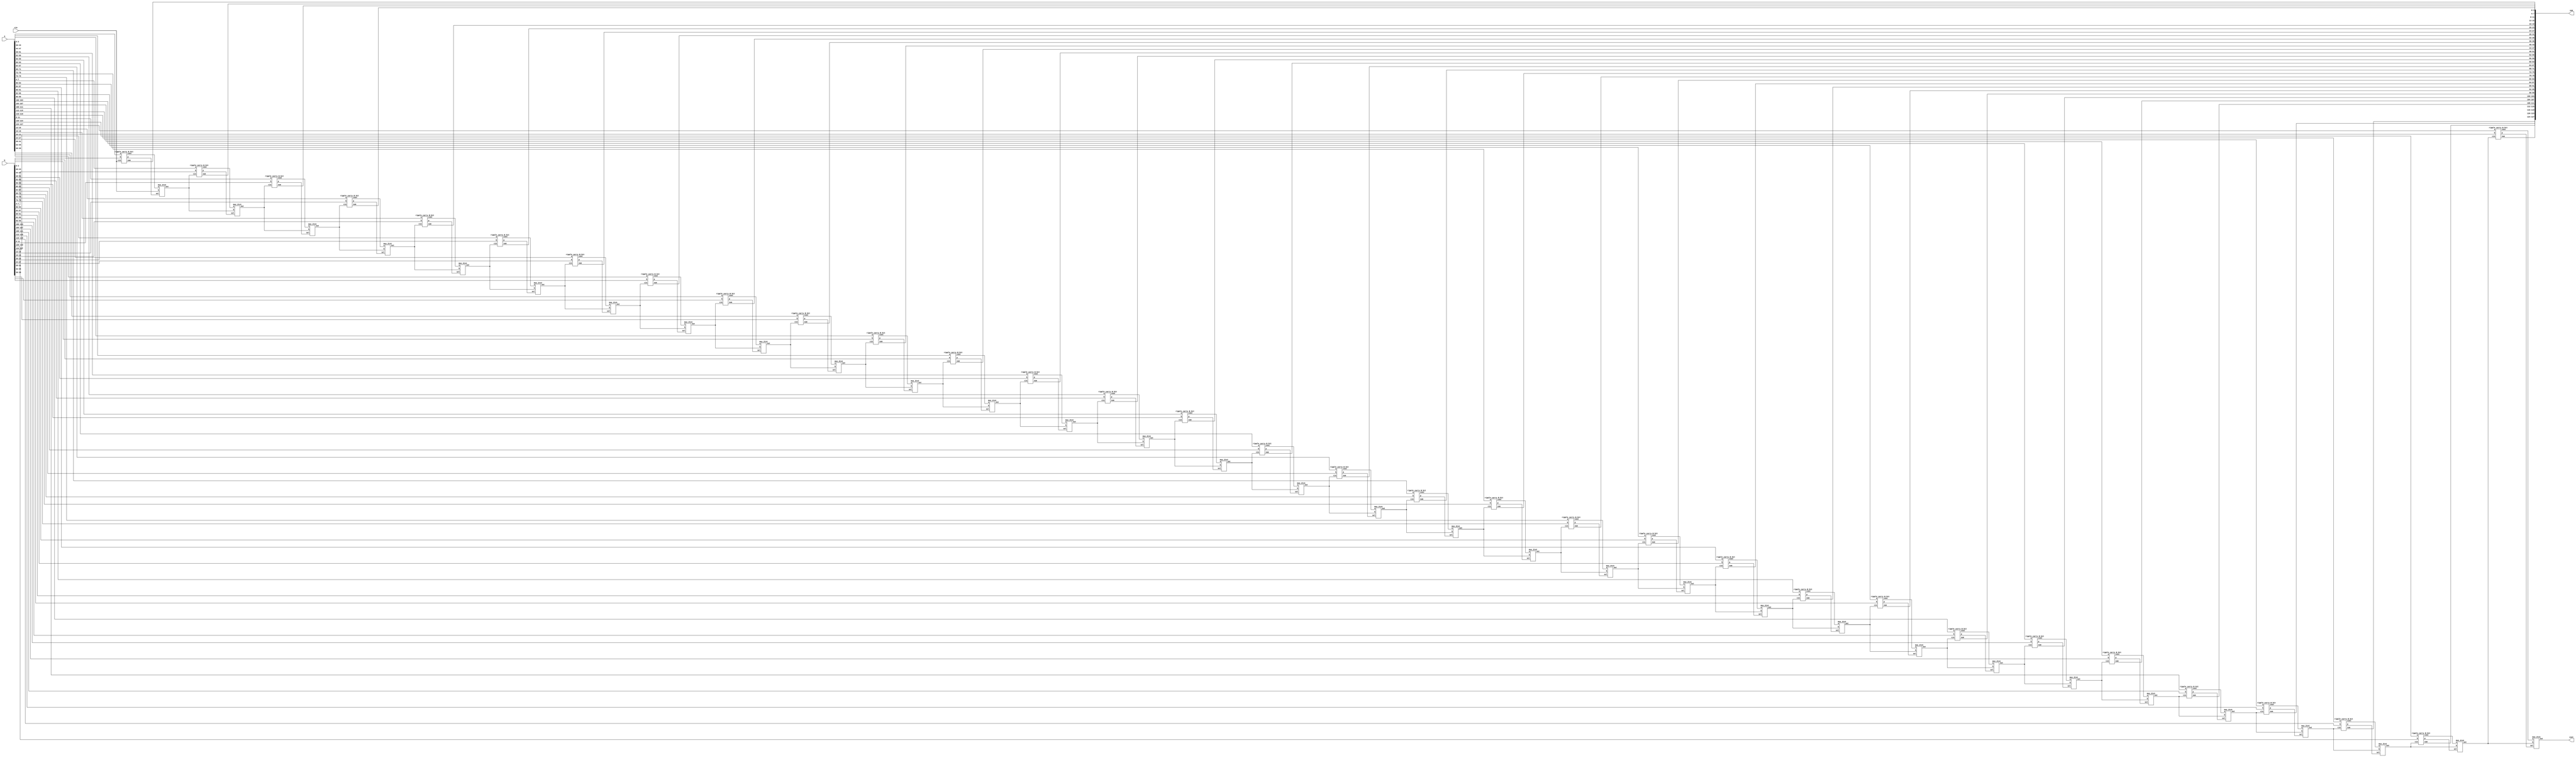

module stormbreaker(a,b,cin,sum,cout);
    parameter B=4;
    input [127:0] a,b;
    input cin;
    output [127:0] sum;
    output cout;
    wire [128/B:0]temp;
    wire [(128/B)-1:0] p,out;

    genvar i;
    assign temp[0]=cin;
    generate 
        for(i=0;i<128/B;i=i+1)
            begin: generate_stormbreaker
                ripple_carry_B_bit r1(a[(i+1)*B-1:i*B], b[(i+1)*B-1:i*B], temp[i], sum[(i+1)*B-1:i*B], out[i],p[i]);
                mux_2to1 m1(out[i],temp[i],p[i],temp[i+1]);
            end
    endgenerate
    assign cout=temp[128/B];
endmodule

module ripple_carry_B_bit(a, b, cin, sum, cout,p);
    parameter B=4;
    input [B-1:0] a,b;
    input cin;
    output [B-1:0] sum;
    output cout,p;
    wire [B-1:0] t;
    wire [B:0] c;
    assign t[0]=a[0]^b[0];
    genvar i;
    generate 
    for(i=1;i<B;i=i+1)
        begin: generate_p
            assign t[i]=(a[i]^b[i])&(t[i-1]);
        end
    endgenerate
    assign p=t[B-1];

    genvar k;
    assign c[0]=cin;
    generate 
    for(k=0;k<B;k=k+1)
        begin: generate_ripple_carry_B_bit
            full_adder fa (a[k],b[k],c[k],c[k+1],sum[k]);
        end
    endgenerate
    assign cout=c[B];

endmodule

module full_adder(x,y,cin,cout,s);
    input wire x,y,cin;
    output wire cout,s;
    wire c_temp,s_temp,and_temp;
    
    xor s1 (s_temp,x,y);
    xor s2 (s,cin,s_temp);

    and c1 (c_temp,s_temp,cin);
    and c2 (and_temp,x,y);
    or c3(cout,and_temp,c_temp);

endmodule

// module full_adder(a, b, cin, cout, sum);
// input a, b, cin;
// output sum, cout;
// assign sum = a ^ b ^ cin;
// assign cout = (a & b) | ((a | b) & cin); 
// endmodule

module half_adder(x,y,s,cout);
    input x,y;
    output s,cout;
    wire x1,x2;

    xor s1 (s,x,y);
    and s2 (cout,x,y);

endmodule

module mux_2to1(a,b,sel,out);
    input a,b;
    input sel;
    output out;

    assign out=(sel)?b:a;

endmodule